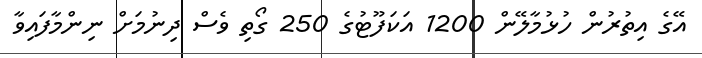
އޭގެ އިތުރުން ހުޅުމާލޭން 1200 އަކަފޫޓުގެ 250 ގޯތި ވެސް ދިނުމަށް ނިންމާފައިވާ